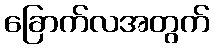
ခြောက်လအတွက်